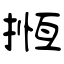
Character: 揯